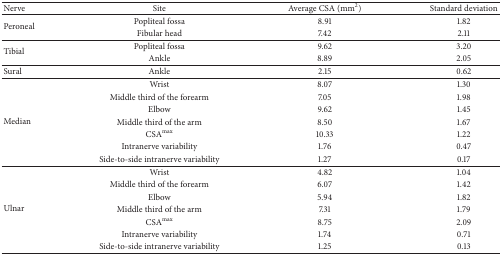
<table><thead><tr><td><b>Nerve</b></td><td><b>Site</b></td><td><b>Average CSA (mm<sup>2</sup>)</b></td><td><b>Standard deviation</b></td></tr></thead><tbody><tr><td rowspan="2">Peroneal</td><td>Popliteal fossa </td><td>8.91</td><td>1.82</td></tr><tr><td>Fibular head</td><td>7.42</td><td>2.11</td></tr><tr><td rowspan="2">Tibial</td><td>Popliteal fossa</td><td>9.62</td><td>3.20</td></tr><tr><td>Ankle </td><td>8.89</td><td>2.05</td></tr><tr><td>Sural</td><td>Ankle</td><td>2.15</td><td>0.62</td></tr><tr><td rowspan="7">Median</td><td>Wrist</td><td>8.07</td><td>1.30</td></tr><tr><td>Middle third of the forearm</td><td>7.05</td><td>1.98</td></tr><tr><td>Elbow</td><td>9.62</td><td>1.45</td></tr><tr><td>Middle third of the arm</td><td>8.50</td><td>1.67</td></tr><tr><td>CSA<sup>max</sup></td><td>10.33</td><td>1.22</td></tr><tr><td>Intranerve variability</td><td>1.76</td><td>0.47</td></tr><tr><td>Side-to-side intranerve variability</td><td>1.27</td><td>0.17</td></tr><tr><td rowspan="7">Ulnar</td><td>Wrist</td><td>4.82</td><td>1.04</td></tr><tr><td>Middle third of the forearm</td><td>6.07</td><td>1.42</td></tr><tr><td>Elbow</td><td>5.94</td><td>1.82</td></tr><tr><td>Middle third of the arm</td><td>7.31</td><td>1.79</td></tr><tr><td>CSA<sup>max</sup></td><td>8.75</td><td>2.09</td></tr><tr><td>Intranerve variability </td><td>1.74</td><td>0.71</td></tr><tr><td>Side-to-side intranerve variability</td><td>1.25</td><td>0.13</td></tr></tbody></table>